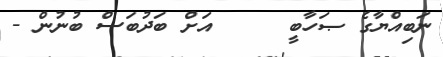
ނަބިއްޔާގެ ޞަހާބީ     އަށް ބަދުބަސް ބުނުން -